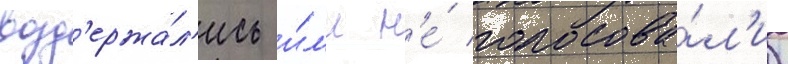
возд'ержа́л'ись и́л'и н'е́ голосова́л'и)